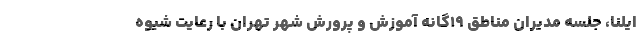
ایلنا، جلسه مدیران مناطق ۱۹گانه آموزش و پرورش شهر تهران با رعایت شیوه